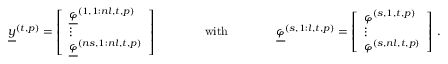
\begin{array} { r } { \underline { { y } } ^ { ( t , p ) } = \left[ \begin{array} { l } { \underline { { \varphi } } ^ { ( 1 , 1 : n l , t , p ) } } \\ { \vdots } \\ { \underline { { \varphi } } ^ { ( n s , 1 : n l , t , p ) } } \end{array} \right] \qquad \qquad \mathrm { w i t h } \qquad \qquad \underline { { \varphi } } ^ { ( s , 1 : l , t , p ) } = \left[ \begin{array} { l } { \varphi ^ { ( s , 1 , t , p ) } } \\ { \vdots } \\ { \varphi ^ { ( s , n l , t , p ) } } \end{array} \right] \, . } \end{array}